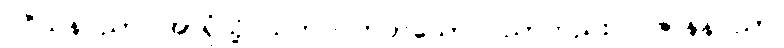
ပဝိသနပညာ၊ အာရုံသို့ သက်ဝင်တတ်သော ပညာတည်း။ ပဇာနနပညာ၊